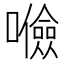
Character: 𱕚